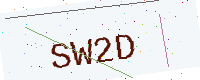
Text: SW2D